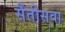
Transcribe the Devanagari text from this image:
सैंतीसवा